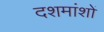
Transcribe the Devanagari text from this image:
दशमांशों